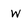
Character: W